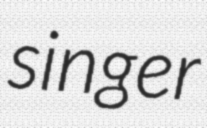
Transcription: singer